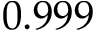
0 . 9 9 9